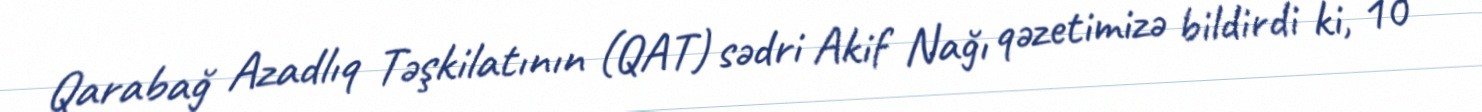
Qarabağ Azadlıq Təşkilatının (QAT) sədri Akif Nağı qəzetimizə bildirdi ki, 10